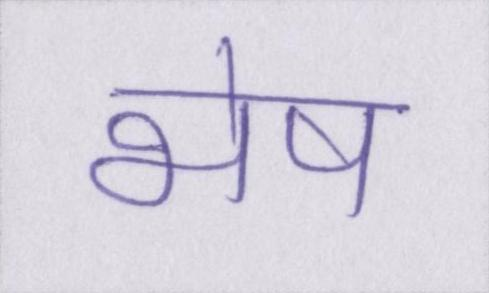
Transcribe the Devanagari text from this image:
भेष